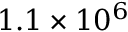
1 . 1 \times 1 0 ^ { 6 }